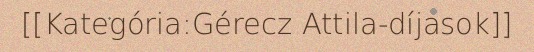
[[Kategória:Gérecz Attila-díjasok]]